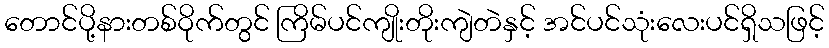
တောင်ပို့နားတစ်ဝိုက်တွင် ကြိမ်ပင်ကျိုးတိုးကျဲတဲနှင့် အင်ပင်သုံးလေးပင်ရှိသဖြင့်